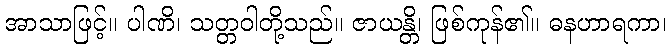
အာသာဖြင့်။ ပါဏိ၊ သတ္တဝါတို့သည်။ ဇာယန္တိ၊ ဖြစ်ကုန်၏။ ဓနဟာရကာ၊